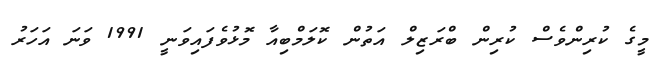
މީގެ ކުރިންވެސް ކުރިން ބްރަޒިލް އަތުން ކޮލަމްބިއާ މޮޅުވެފައިވަނީ 1991 ވަނަ އަހަރު